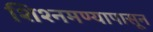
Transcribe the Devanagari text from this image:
शिश्नमण्यापासून